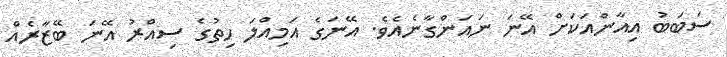
ސަބަބު އިއާންއަކަށް އޭނަ ނައަންގާނެއެވެ. އޭނަގެ އަމިއްލަ ހިތުގެ ސިއްރު އޭނަ ބޭޒާރެއް